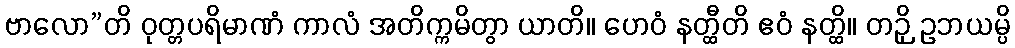
ဗာလော”တိ ဝုတ္တပရိမာဏံ ကာလံ အတိက္ကမိတွာ ယာတိ။ ဟေဝံ နတ္ထီတိ ဧဝံ နတ္ထိ။ တဉှိ ဥဘယမ္ပိ